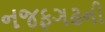
નજફગઢની